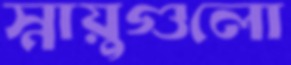
স্নায়ুগুলো